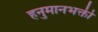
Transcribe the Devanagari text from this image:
हनुमानभक्ती